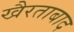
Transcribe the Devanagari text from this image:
खैरताबाद